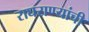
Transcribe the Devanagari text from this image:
राघराण्यांची